Vaccination in the Punjab 1867-1880 - 1867-1880
Year: 1867
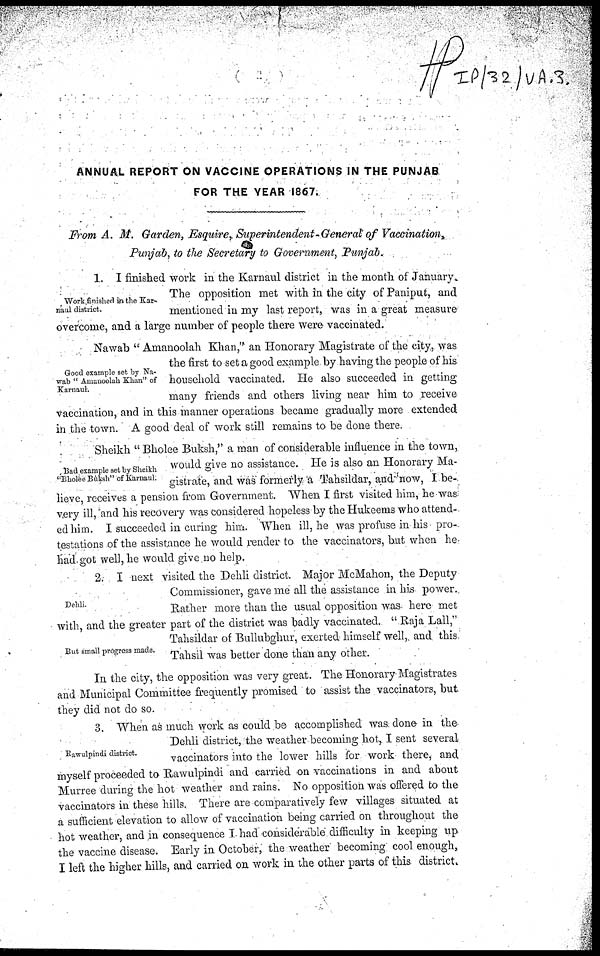
ANNUAL REPORT ON VACCINE OPERATIONS IN THE PUNJAB
FOR THE YEAR 1867.
From A. M. Garden, Esquire, Superintendent -General of Vaccination,
Punjab, to the Secretary to Government, Punjab.
Work finished in the Kar-
maul district.
1. I finished work in the Karnaul district in the month of January.
The opposition met with in the city of Paniput, and
mentioned in my last report, was in a great measure
overcome, and a large number of people there were vaccinated.
Good example set by Na-
wab "Amanoolah Khan" of
Karnaul.
Nawab "Amanoolah Khan," an Honorary Magistrate of the city, was
the first to set a good example by having the people of his
household vaccinated. He also succeeded in getting
many friends and others living near him to receive
vaccination, and in this manner operations became gradually more extended
in the town. A good deal of work still remains to be done there.
Bad example set by Sheikh
"Bholee Búksh" of Karnaul.
Sheikh "Bholee Buksh," a man of considerable influence in the town,
would give no assistance. He is also an Honorary Ma-
gistrate, and was formerly a Tahsildar, and now, I be-
lieve, receives a pension from Government. When I first visited him, he was
very ill, and his recovery was considered hopeless by the Hukeems who attend-
ed him. I succeeded in curing him. "When ill, he was profuse in his pro-
testations of the assistance he would render to the vaccinators, but when he
had.got well, he would give no help.
Dehli.
But small progress made.
2. I next visited the Dehli district. Major McMahon, the Deputy
Commissioner, gave me all the assistance in his power.
Rather more than the usual opposition was here met
with, and the greater part of the district was badly vaccinated. "Raja Lall,"
Tahsildar of Bullubghur, exerted himself well, and this
Tahsil was better done than any other.
In the city, the opposition was very great. The Honorary Magistrates
and Municipal Committee frequently promised to assist the vaccinators, but
they did not do so.
Rawulpindi district.
3. When as much work as could be accomplished was done in the
Dehli district, the weather becoming hot, I sent several
vaccinators into the lower hills for work there, and-
myself proceeded to Rawalpindi and carried on vaccinations in and about
Murree during the hot weather and rains. No opposition was offered to the
vaccinators in these hills. There are comparatively few villages situated at
a sufficient elevation to allow of vaccination being carried on throughout the
hot weather, and in consequence I had considerable difficulty in keeping up
the vaccine disease. Early in October, the weather becoming cool enough,
I left the higher hills, and carried on work in the other parts of this district.